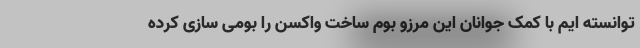
توانسته ایم با کمک جوانان این مرزو بوم ساخت واکسن را بومی سازی کرده